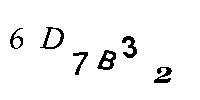
6D7B32